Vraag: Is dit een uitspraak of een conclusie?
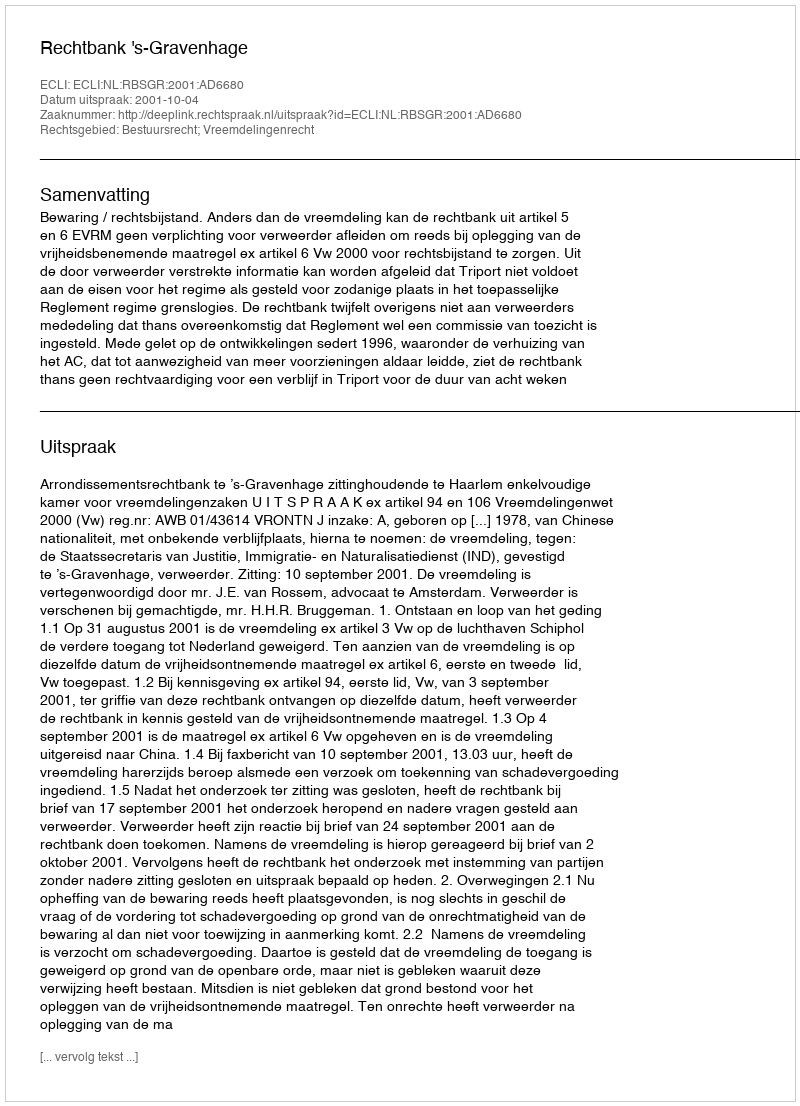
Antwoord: Uitspraak